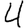
Digit: 4